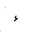
Letter: _hamza